Report of the Imperial Institute of Veterinary Research, Muktesar
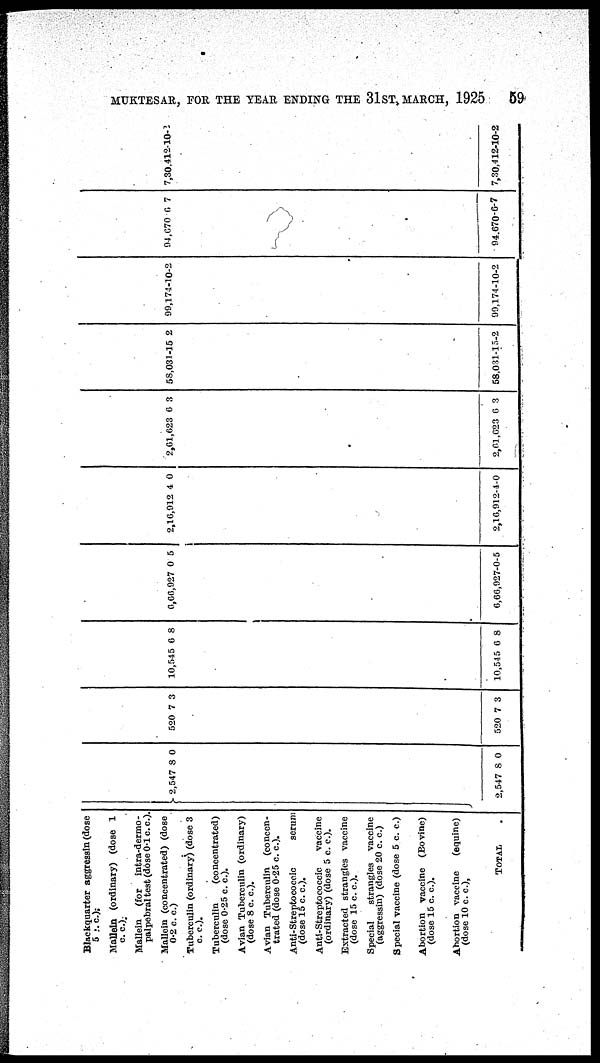
MUKTESAR, FOR THE YEAR ENDING THE 31ST, MARCH, 1925
59
Blockquarter aggresain (dose
5
.c)
Mullein (ordinary) (dose 1
c.c.).
Mallein (for intra-dermo¬
palpebral teat (dose 0.1 c. c).
Mallein (concentrated) (dose
0.2 c. c.)
Tuberculin (ordinary) (dose 3
c. c.).
Tuberculin
(concentrated)
(dose 0.25 c. c).
Avian Tuberculin (ordinary)
(dose 8 c. c).
Avian Tuberculin (concen-
trated (dose 0.25 c. c).
Anti-Streptococcic
serum
(dose 15 c. c).
Anti-Streptococcic
vaccine
(ordinary) (dose 5 c. c).
Extracted strangles vaccine
(dose 15 c. c).
Special
strangles vaccine
(aggressin) (dose 20 c. c.)
Special vaccine (dose 5 c. c.)
Abortion vaccine (Bovine)
(dose 15 c. c).
Abortion vaccine
(equine)
(dose 10 c. c),
TOTAL
} 2,547
2,547
8
8
0
0
520
520
7
7
3
3
10,545
10,545
6
6
8
8
6,66,927
6,66,927-
0
0-5
5
2,16,912
2,16,912-
4
4-
0
0
2,61,623 6
2,61,623 6
3
3
58,031-
58,031-
15
15-
2
2
99,174
90,174-
-10
10-
-2
2
94,670
94,670-
6
6
7
7
7,30.412-
7,30,412-
10
10-
-2
2